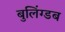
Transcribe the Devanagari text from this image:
बुलिंग्डब